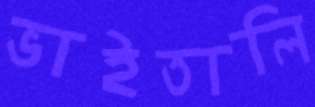
ভাইতালি